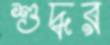
শুদ্ধর